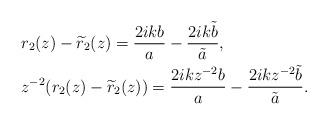
LaTeX: \begin{align*}&r_2(z)-\widetilde{r}_2(z)=\frac{2 i kb}{a}-\frac{2 i k\tilde{b}}{\tilde{a}},\\&z^{-2}(r_2(z)-\widetilde{r}_2(z))=\frac{2 i kz^{-2}b}{a}-\frac{2 i kz^{-2}\tilde{b}}{\tilde{a}}.\end{align*}